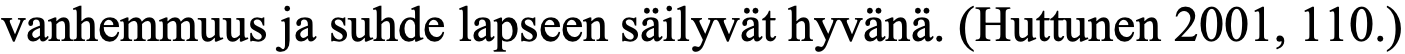
vanhemmuus ja suhde lapseen säilyvät hyvänä. (Huttunen 2001, 110.)